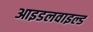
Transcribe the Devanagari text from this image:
आइडलवाइल्ड